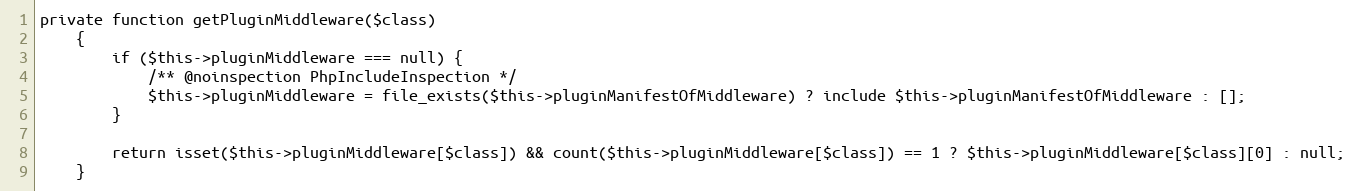
Language: PHP
private function getPluginMiddleware($class)
    {
        if ($this->pluginMiddleware === null) {
            /** @noinspection PhpIncludeInspection */
            $this->pluginMiddleware = file_exists($this->pluginManifestOfMiddleware) ? include $this->pluginManifestOfMiddleware : [];
        }

        return isset($this->pluginMiddleware[$class]) && count($this->pluginMiddleware[$class]) == 1 ? $this->pluginMiddleware[$class][0] : null;
    }